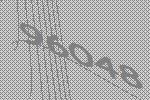
96048